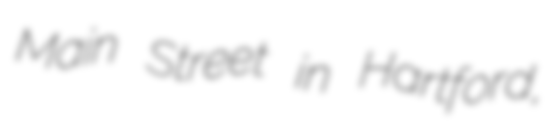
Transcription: Main Street in Hartford,